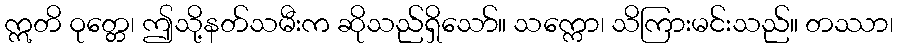
ဣတိ ဝုတ္တေ၊ ဤသို့နတ်သမီးက ဆိုသည်ရှိသော်။ သက္ကော၊ သိကြားမင်းသည်။ တဿာ၊